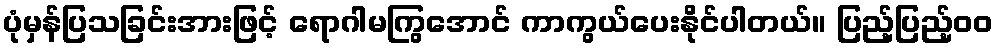
ပုံမှန်ပြသခြင်းအားဖြင့် ရောဂါမကြွအောင် ကာကွယ်ပေးနိုင်ပါတယ်။ ပြည့်ပြည့်ဝဝ